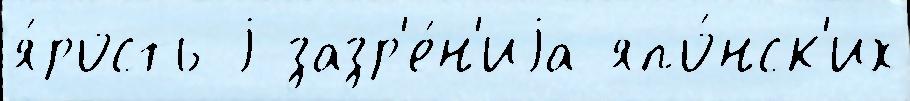
я́рость j зазр'е́н'иjа япо́нск'их